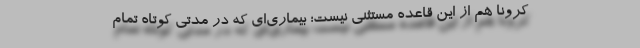
کرونا هم از این قاعده مستثنی نیست؛ بیماری‌ای که در مدتی کوتاه تمام